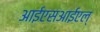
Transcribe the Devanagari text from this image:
आईएसआईएल्